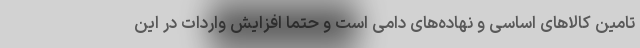
تامین کالاهای اساسی و نهاده‌های دامی است و حتما افزایش واردات در این